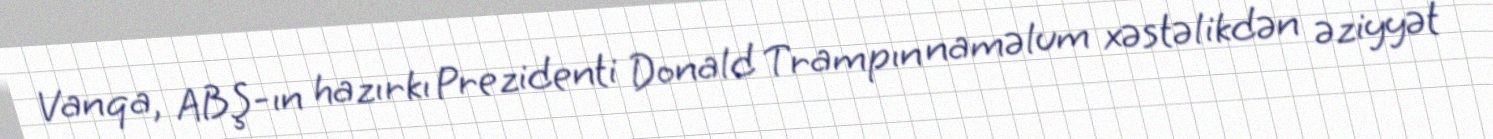
Vanqa, ABŞ-ın hazırkı Prezidenti Donald Trampın naməlum xəstəlikdən əziyyət